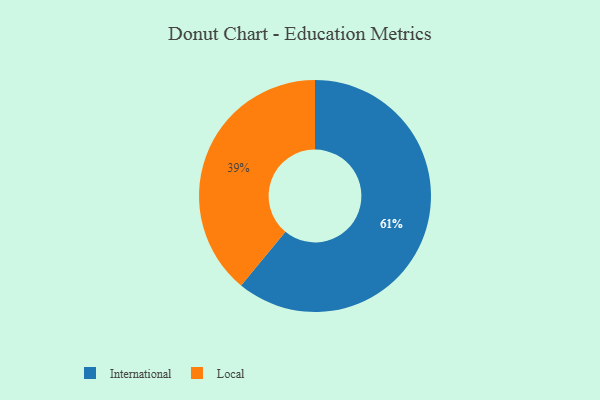
{"axis": {"x": "Category", "y": "Percentage"}, "legend": ["International", "Local"], "data": [{"x": "International", "y": 61, "type": "International"}, {"x": "Local", "y": 39, "type": "Local"}]}